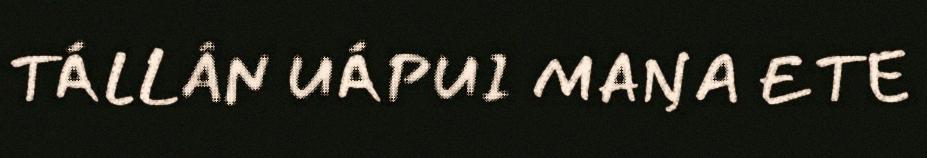
TÁLLÂN UÁPUI MAŊA ETE